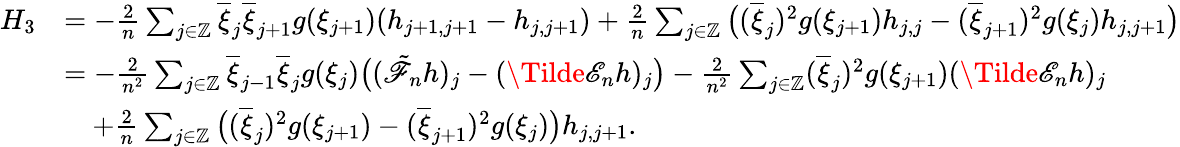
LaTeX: \begin{array}{rl}{H_{3}}&{=-\frac{2}{n}\sum_{j\in\mathbb{Z}}\overline{{\xi}}_{j}\overline{{\xi}}_{j+1}g(\xi_{j+1})(h_{j+1,j+1}-h_{j,j+1})+\frac{2}{n}\sum_{j\in\mathbb{Z}}\big((\overline{{\xi}}_{j})^{2}g(\xi_{j+1})h_{j,j}-(\overline{{\xi}}_{j+1})^{2}g(\xi_{j})h_{j,j+1}\big)}\\ &{=-\frac{2}{n^{2}}\sum_{j\in\mathbb{Z}}\overline{{\xi}}_{j-1}\overline{{\xi}}_{j}g(\xi_{j})\big((\tilde{\mathscr{F}}_{n}h)_{j}-(\Tilde{\mathscr{E}}_{n}h)_{j}\big)-\frac{2}{n^{2}}\sum_{j\in\mathbb{Z}}(\overline{{\xi}}_{j})^{2}g(\xi_{j+1})(\Tilde{\mathscr{E}}_{n}h)_{j}}\\ &{\quad+\frac{2}{n}\sum_{j\in\mathbb{Z}}\big((\overline{{\xi}}_{j})^{2}g(\xi_{j+1})-(\overline{{\xi}}_{j+1})^{2}g(\xi_{j})\big)h_{j,j+1}.}\end{array}